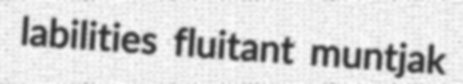
labilities fluitant muntjak